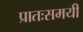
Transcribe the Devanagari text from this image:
प्रातःसमयी